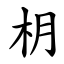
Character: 枂